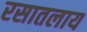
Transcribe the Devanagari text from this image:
रसातलाय